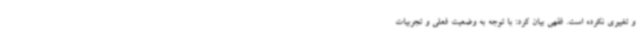
و تغییری نکرده است. فقهی بیان کرد: با توجه به وضعیت فعلی و تجربیات